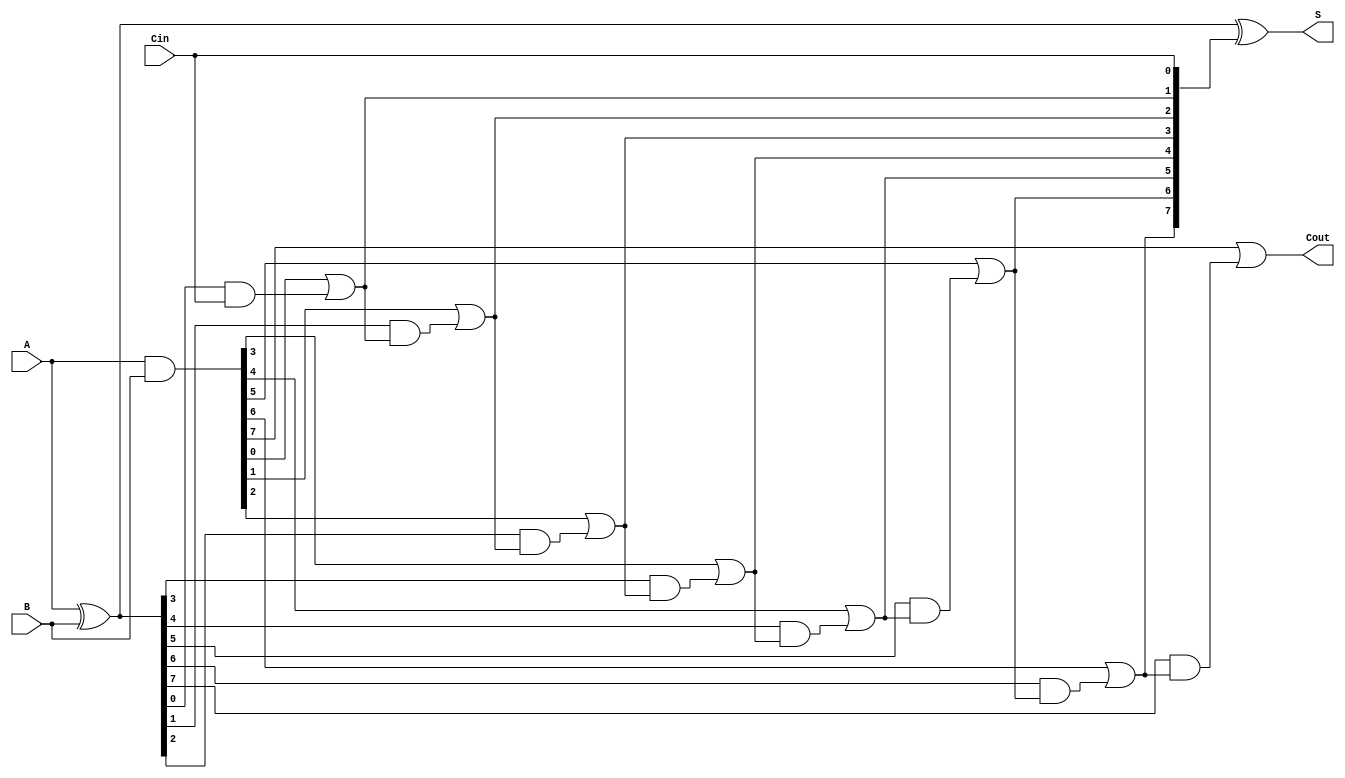
module Brent_Kung_Adder #(parameter N = 8) (
    input  [N-1:0] A,   // First operand
    input  [N-1:0] B,   // Second operand
    input          Cin,  // Carry-in
    output [N-1:0] S,    // Sum output
    output         Cout   // Carry-out
);

    // Generate and Propagate signals
    wire [N-1:0] G; // Generate signals
    wire [N-1:0] P; // Propagate signals
    wire [N:0] C;   // Carry signals

    // Generate and Propagate calculations
    assign G = A & B;       // Generate: G[i] = A[i] & B[i]
    assign P = A ^ B;       // Propagate: P[i] = A[i] ^ B[i]

    // Initial carry (C[0]) considering Cin
    assign C[0] = Cin;

    // Level 1
    generate
        genvar i;
        for (i = 0; i < N; i = i + 1) begin : level1
            assign C[i+1] = G[i] | (P[i] & C[i]);
        end
    endgenerate

    // Level 2: Perform Additional Levels for Brent-Kung Structure
    // This design expands the carry computation to enhance carry propagation.
    // In practice, you would layer more levels for larger `N`. 

    generate
        for (i = 0; i < N/2; i = i + 1) begin : level2
            assign C[i + N/2 + 1] = G[i + N/2] | (P[i + N/2] & C[N/2 + i]);
        end
    endgenerate
    
    // Final sum calculation
    assign S = P ^ {C[N-1:0]}; // Sum: S[i] = P[i] ^ C[i]

    // Final carry-out
    assign Cout = C[N];

endmodule